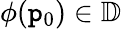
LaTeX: \phi(\mathtt{p}_{0})\in\mathbb{{D}}